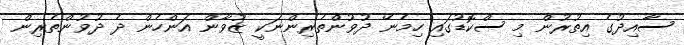
ސާއިދުގެ އިތުރުން މި ސްކޮޑުގައި ހިމެނޭ ދުވުންތެރިންނަކީ ޒުވާން އަންހެން ދެ ދުވުންތެރިން